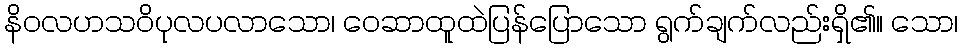
နိဝလဟသဝိပုလပလာသော၊ ဝေဆာထူထဲပြန်ပြောသော ရွက်ချက်လည်းရှိ၏။ သော၊